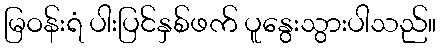
မြဝန်းရံ ပါးပြင်နှစ်ဖက် ပူနွေးသွားပါသည်။